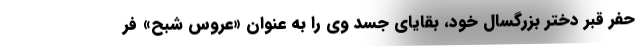
حفر قبر دختر بزرگسال خود، بقایای جسد وی را به عنوان «عروس شبح» فر